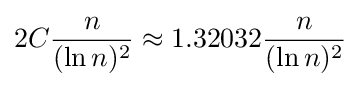
2C{\frac {n}{(\ln n)^{2}}}\approx 1.32032{\frac {n}{(\ln n)^{2}}}